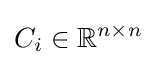
C_{i}\in \mathbb {R} ^{n\times n}